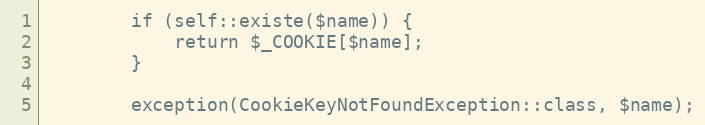
Language: PHP
        if (self::existe($name)) {
            return $_COOKIE[$name];
        }

        exception(CookieKeyNotFoundException::class, $name);